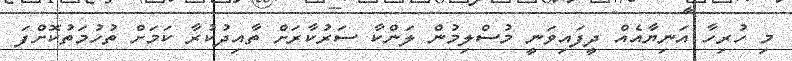
މި ހުރިހާ އަނިޔާއެއް ދީފައިވަނީ މުސްލިމުން ލަންކާ ސަރުކާރަށް ތާއިދުކުރާ ކަމަށް ތުހުމަތުކޮށްފަ